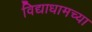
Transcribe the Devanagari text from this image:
विद्याधामच्या